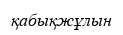
қабықжұлын